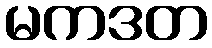
မကဒတ